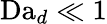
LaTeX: \textrm{Da}_{d}\ll 1